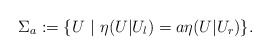
\begin{align*}\Sigma_a:=\{U~|~\eta(U|U_l)=a\eta(U|U_r) \}.\end{align*}